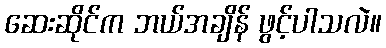
ဆေးဆိုင်က ဘယ်အချိန် ဖွင့်ပါသလဲ။